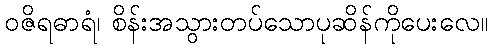
ဝဇိရဓာရံ၊ စိန်းအသွားတပ်သောပုဆိန်ကိုပေးလေ။